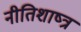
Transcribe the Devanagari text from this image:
नीतिशाष्त्र